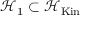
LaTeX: { \mathcal { H } } _ { 1 } \subset { \mathcal { H } } _ { \mathrm { K i n } }